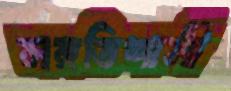
সঙ্গতিশালী